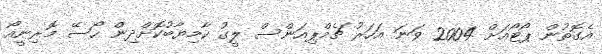
އެގޮތުން ޕޯޓޯއަށް 2004 ވަނަ އަހަރު ޗެމްޕިއަންސް ލީގު ކާމިޔާބުކޮށްދިން ހޯސޭ މޮރިނީއޯ